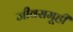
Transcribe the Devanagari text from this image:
जीवसमूही